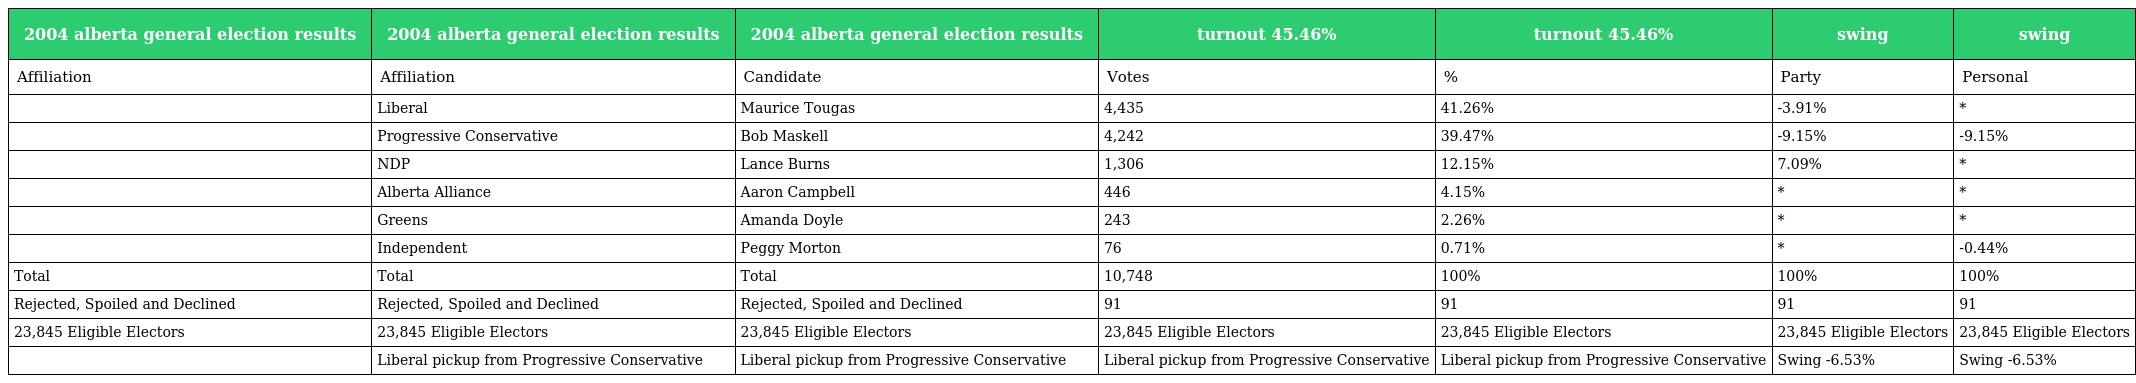
| 2004 alberta general election results | 2004 alberta general election results | 2004 alberta general election results | turnout 45.46% | turnout 45.46% | swing | swing |
 | --- | --- | --- | --- | --- | --- | --- |
 | Affiliation | Affiliation | Candidate | Votes | % | Party | Personal |
 |  | Liberal | Maurice Tougas | 4,435 | 41.26% | -3.91% | * |
 |  | Progressive Conservative | Bob Maskell | 4,242 | 39.47% | -9.15% | -9.15% |
 |  | NDP | Lance Burns | 1,306 | 12.15% | 7.09% | * |
 |  | Alberta Alliance | Aaron Campbell | 446 | 4.15% | * | * |
 |  | Greens | Amanda Doyle | 243 | 2.26% | * | * |
 |  | Independent | Peggy Morton | 76 | 0.71% | * | -0.44% |
 | Total | Total | Total | 10,748 | 100% | 100% | 100% |
 | Rejected, Spoiled and Declined | Rejected, Spoiled and Declined | Rejected, Spoiled and Declined | 91 | 91 | 91 | 91 |
 | 23,845 Eligible Electors | 23,845 Eligible Electors | 23,845 Eligible Electors | 23,845 Eligible Electors | 23,845 Eligible Electors | 23,845 Eligible Electors | 23,845 Eligible Electors |
 |  | Liberal pickup from Progressive Conservative | Liberal pickup from Progressive Conservative | Liberal pickup from Progressive Conservative | Liberal pickup from Progressive Conservative | Swing -6.53% | Swing -6.53% |